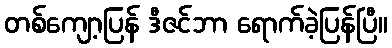
တစ်ကျော့ပြန် ဒီဇင်ဘာ ရောက်ခဲ့ပြန်ပြီ။